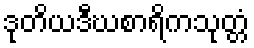
ဒုတိယဒီဃစာရိကသုတ္တံ